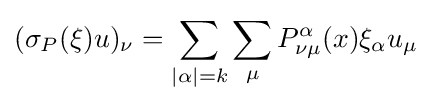
(\sigma _{P}(\xi )u)_{\nu }=\sum _{|\alpha |=k}\sum _{\mu }P_{\nu \mu }^{\alpha }(x)\xi _{\alpha }u_{\mu }